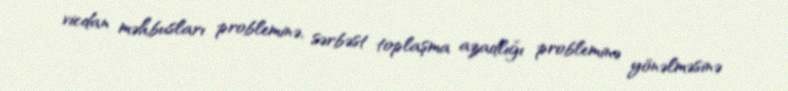
vicdan məhbusları probleminə, sərbəst toplaşma azadlığı probleminə yönəlməsinə